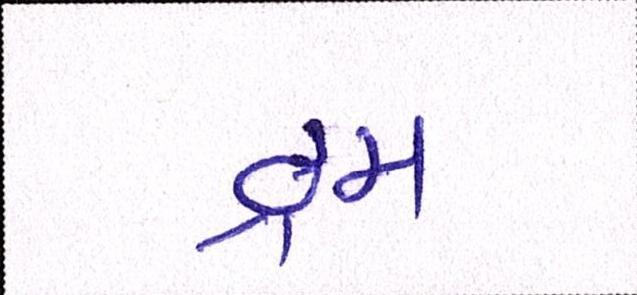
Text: ડ્રમ